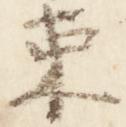
束